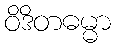
ဝိဒိတဓမ္မာ